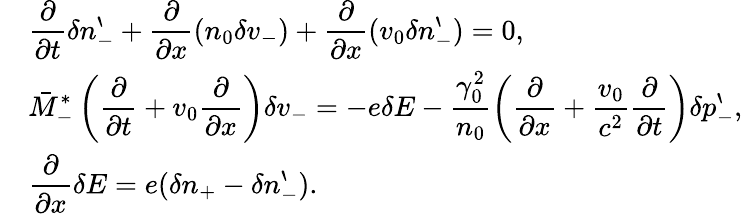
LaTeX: \begin{array}{rl}&{\displaystyle\frac{\partial}{\partial t}\delta n_{-}^{\backprime}+\frac{\partial}{\partial x}(n_{0}\delta v_{-})+\frac{\partial}{\partial x}(v_{0}\delta n_{-}^{\backprime})=0,}\\ &{\displaystyle\bar{M}_{-}^{\ast}\left(\frac{\partial}{\partial t}+v_{0}\frac{\partial}{\partial x}\right)\delta v_{-}=-e\delta E-\frac{\gamma_{0}^{2}}{n_{0}}\left(\frac{\partial}{\partial x}+\frac{v_{0}}{c^{2}}\frac{\partial}{\partial t}\right)\delta p_{-}^{\backprime},}\\ &{\displaystyle\frac{\partial}{\partial x}\delta E=e(\delta n_{+}-\delta n_{-}^{\backprime}).}\end{array}